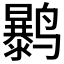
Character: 𱊲